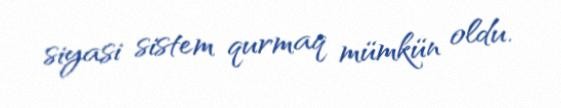
siyasi sistem qurmaq mümkün oldu.